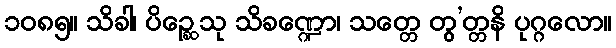
၁၀၈၅။ သိခါ၊ ပိဉ္ဆေသု သိခဏ္ဍော၊ သတ္တေ တွ’တ္တနိ ပုဂ္ဂလော။